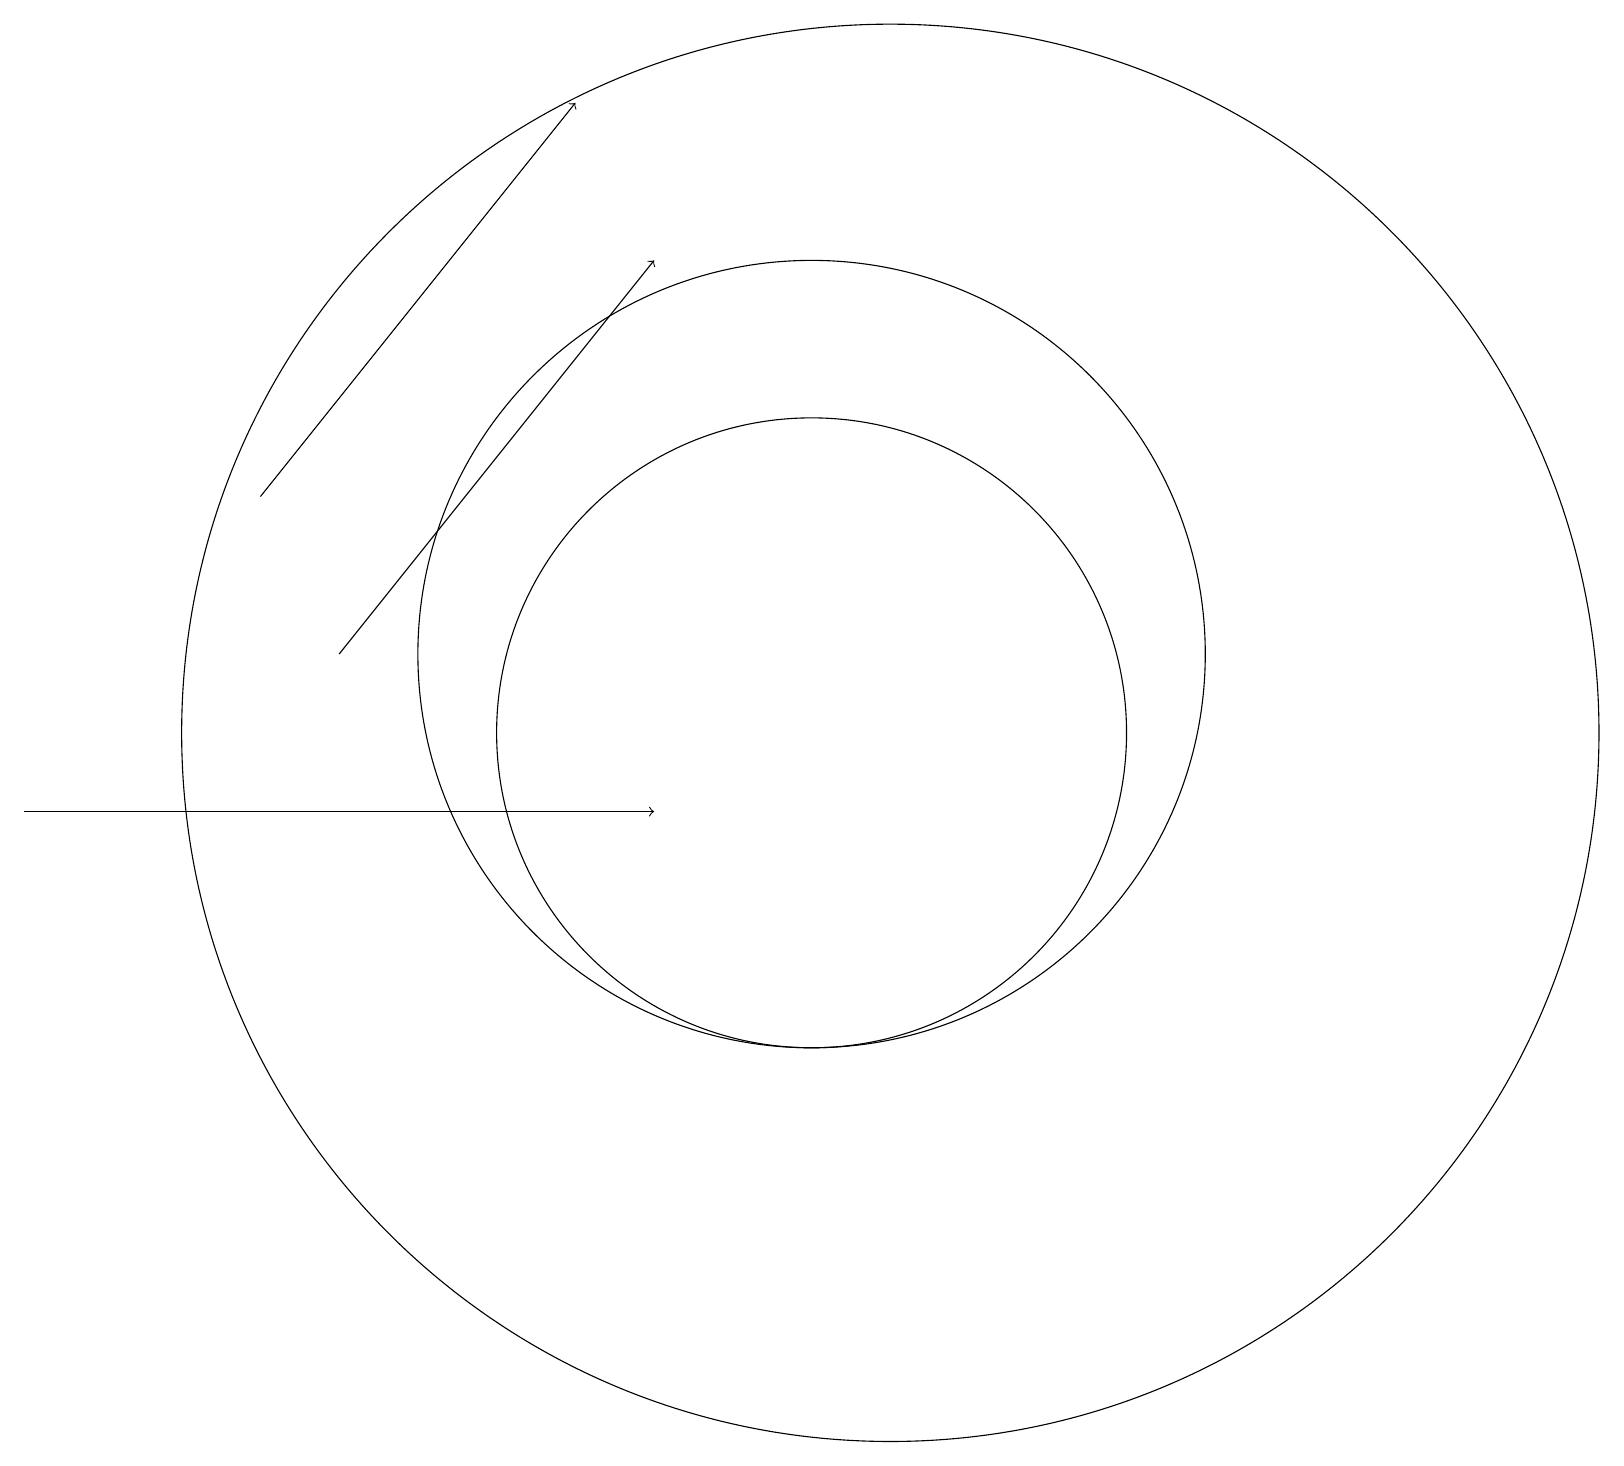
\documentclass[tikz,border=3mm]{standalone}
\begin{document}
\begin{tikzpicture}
\draw (10,11) circle (4);
\draw (11,11) circle (9);
\draw[->] (3,14) -- (7,19);
\draw[->] (4,12) -- (8,17);
\draw[->] (0,10) -- (8,10);
\draw (10,12) circle (5);
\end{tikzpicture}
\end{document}